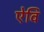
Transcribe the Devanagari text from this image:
ऐवि